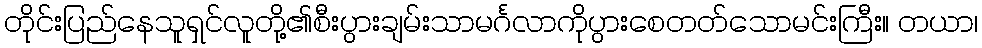
တိုင်းပြည်နေသူရှင်လူတို့၏စီးပွားချမ်းသာမင်္ဂလာကိုပွားစေတတ်သောမင်းကြီး။ တယာ၊